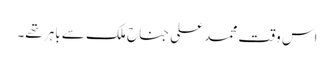
اس وقت محمد علی جناح ملک سے باہر تھے۔